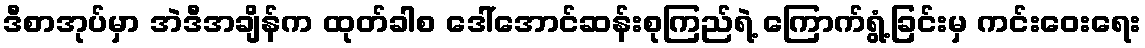
ဒီစာအုပ်မှာ အဲဒီအချိန်က ထုတ်ခါစ ဒေါ်အောင်ဆန်းစုကြည်ရဲ့ ကြောက်ရွံ့ခြင်းမှ ကင်းဝေးရေး